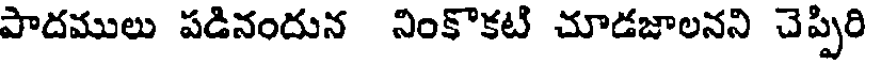
పాదములు పడినందున నింకొకటి చూడజాలనని చెప్పిరి